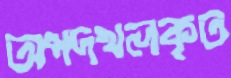
অপদখলকৃত